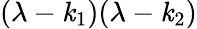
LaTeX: (\lambda-\mathit{k}_{1})(\lambda-\mathit{k}_{2})